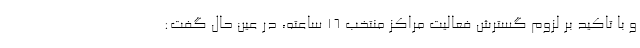
و با تاکید بر لزوم گسترش فعالیت مراکز منتخب ۱۶ ساعته، در عین حال گفت: